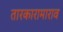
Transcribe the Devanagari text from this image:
तारकारामाराव